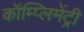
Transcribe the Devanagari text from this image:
कॉम्‍प्‍लिमेंट्री